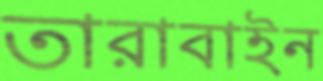
তারাবাইন